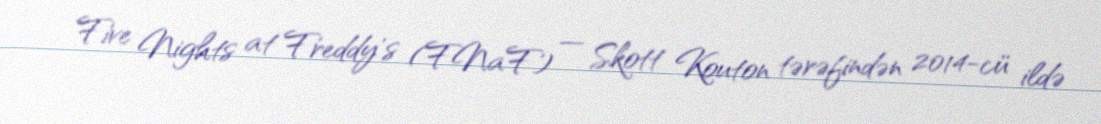
Five Nights at Freddy's (FNaF) — Skott Kouton tərəfindən 2014-cü ildə